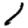
Digit: 1